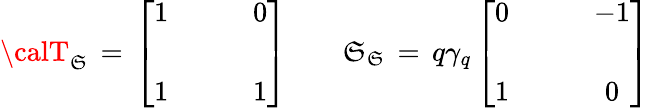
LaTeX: {\calT}_{\mathfrak{S}}\, =\, \left[\begin{array}{cc}{{1}}&{{\qquad 0}}\\ {{}}&{{}}\\ {{1}}&{{\qquad 1}}\end{array}\right]\qquad{\cal\mathfrak{S}}_{\mathfrak{S}}\, =\, q\gamma_{q}\left[\begin{array}{cc}{{0}}&{{\qquad-1}}\\ {{}}&{{}}\\ {{1}}&{{\qquad 0}}\end{array}\right]